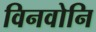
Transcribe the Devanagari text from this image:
विनवोनि